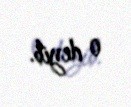
o deyib.